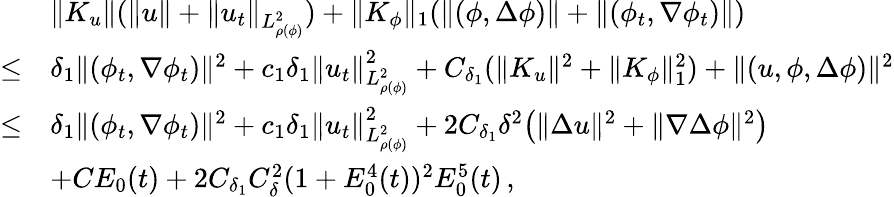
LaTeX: \begin{array}{rl}&{\| K_{u}\| (\| u\| +\| u_{t}\| _{L_{\rho(\phi)}^{2}})+\| K_{\phi}\| _{1}(\| (\phi,\Delta\phi)\| +\| (\phi_{t},\nabla\phi_{t})\| )}\\ {\leq}&{\delta_{1}\| (\phi_{t},\nabla\phi_{t})\| ^{2}+c_{1}\delta_{1}\| u_{t}\| _{L_{\rho(\phi)}^{2}}^{2}+C_{\delta_{1}}(\| K_{u}\| ^{2}+\| K_{\phi}\| _{1}^{2})+\| (u,\phi,\Delta\phi)\| ^{2}}\\ {\leq}&{\delta_{1}\| (\phi_{t},\nabla\phi_{t})\| ^{2}+c_{1}\delta_{1}\| u_{t}\| _{L_{\rho(\phi)}^{2}}^{2}+2C_{\delta_{1}}\delta^{2}\big(\| \Delta u\| ^{2}+\| \nabla\Delta\phi\| ^{2}\big)}\\ &{+CE_{0}(t)+2C_{\delta_{1}}C_{\delta}^{2}(1+E_{0}^{4}(t))^{2}E_{0}^{5}(t)\, ,}\end{array}